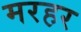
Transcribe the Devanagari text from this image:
मरहर